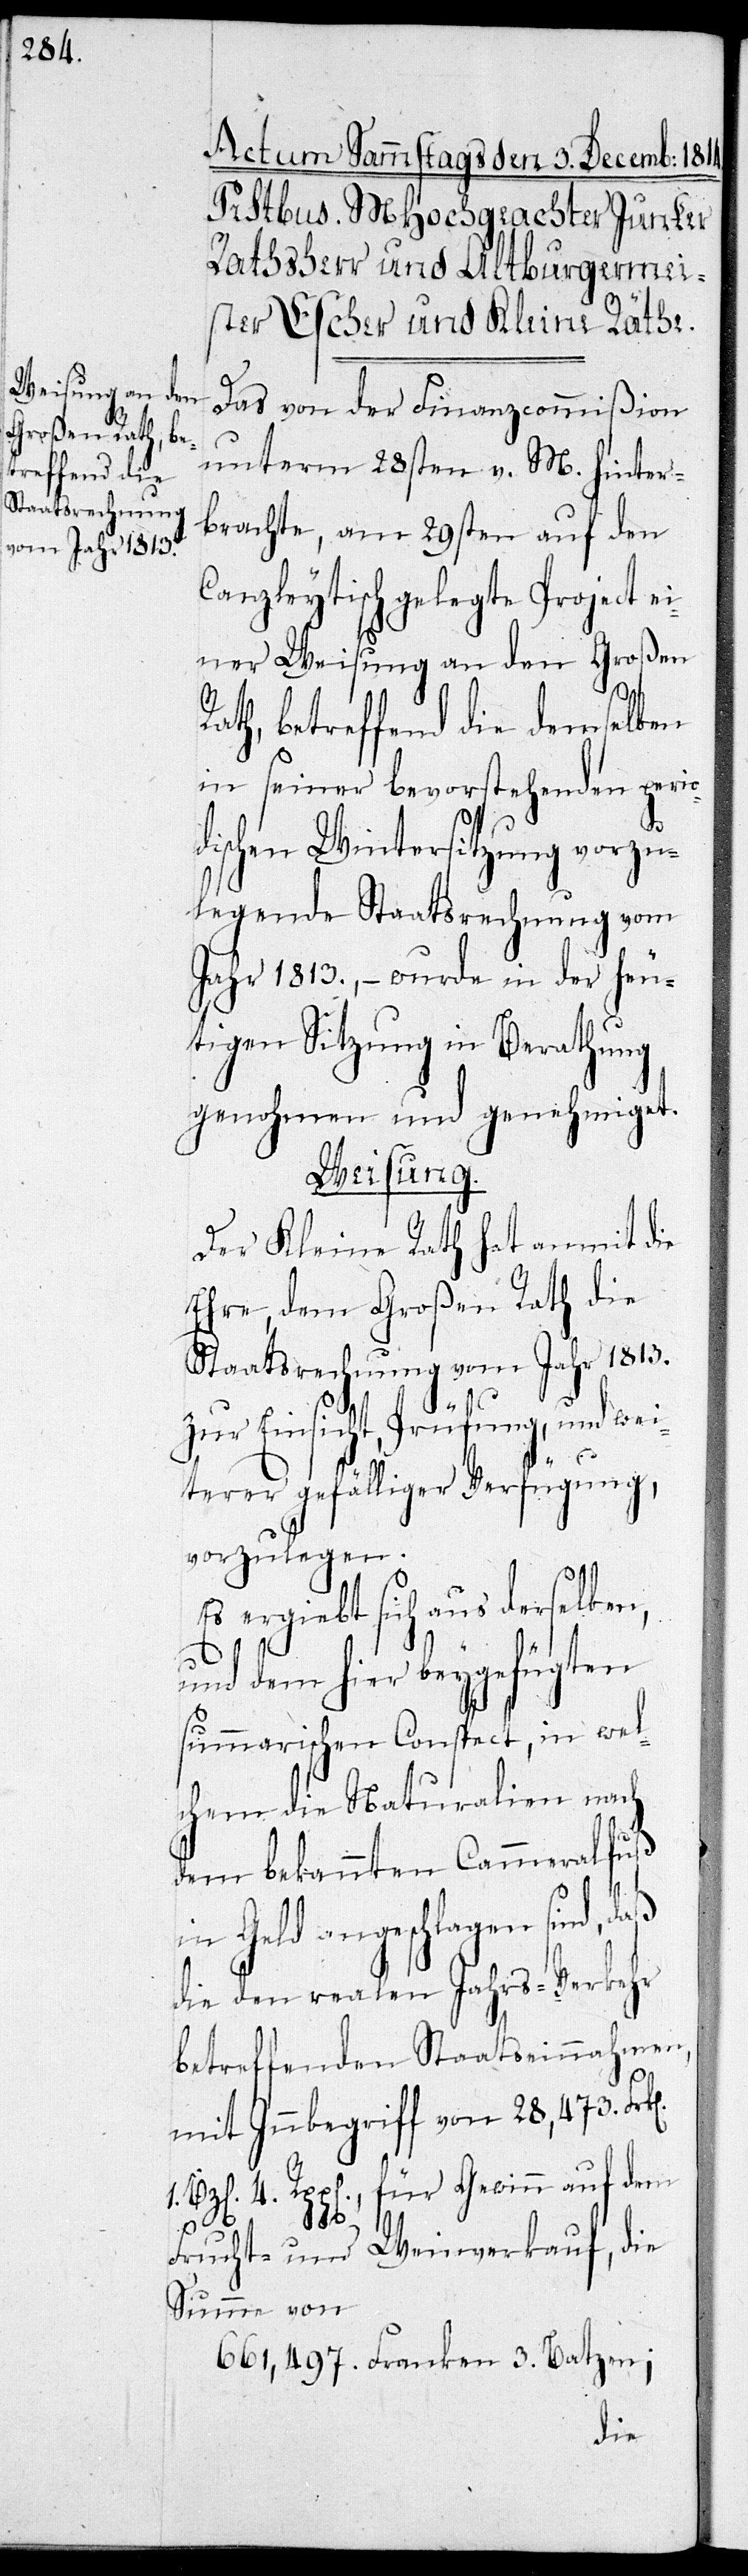
Das von der Finanzcommißion
unterm 28sten v. M. hinter¬
brachte, am 29sten auf den
Canzleytisch gelegte Project ei¬
ner Weisung an den Großen
ath, betreffend die demselben
in seiner bevorstehenden perio¬
dischen Wintersitzung vorzu¬
legende Staatsrechnung vom
Jahr 1813, – wurde in der heu¬
tigen Sitzung in Berathung
genohmen und genehmiget.
Weisung.
Der Kleine Rath hat anmit die
Ehre, dem Großen Rath die
Staatsrechnung vom Jahr 1813.
zur Einsicht, Prüfung, und w¬
eiterer gefälliger Verfügung,
vorzulegen.
Es ergiebt sich aus derselben,
und dem hier beygefügten
summarischen Conspect, in wel¬
chem die Naturalien nach
dem bekannten Cammeralfuß
Geld angeschlagen sind,
die den realen Jahres-Verkehr
betreffenden Staatseinnahmen,
mit Innbegriff von 28,473. Frken.
1. Bzen. 4. Rppen., für Gewinn auf dem
R¬
Frucht- und Weinverkauft, die
Summe von
661,497. Franken 3. Batzen;